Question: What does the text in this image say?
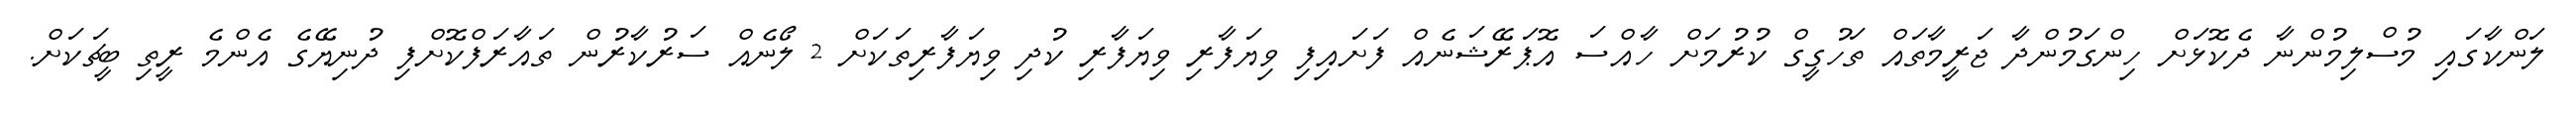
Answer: ލަންކާގައި މުސްލިމުންނާ ދެކޮޅަށް ހިންގަމުންދާ ޖަރީމާތައް ތަހުގީގް ކުރުމަށް ހާއްސަ އޮޕަރޭޝަނެއް ފަށައިފި ވިޔަފާރި ވިޔަފާރި ކުދި ވިޔަފާރިތަކަށް 2 ލޯނެއް ސަރުކާރުން ތައާރަފްކޮށްފި ދުނިޔޭގެ އެންމެ ރީތި ބީޗަކަށް.